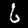
Digit: 6